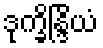
ဒုက္ခိန္ဒြိယံ